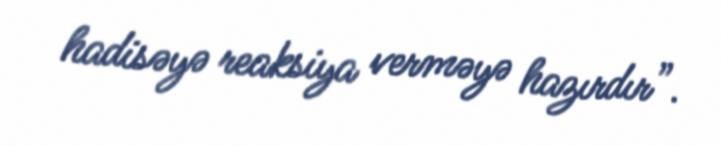
hadisəyə reaksiya verməyə hazırdır”.